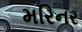
મરિનર